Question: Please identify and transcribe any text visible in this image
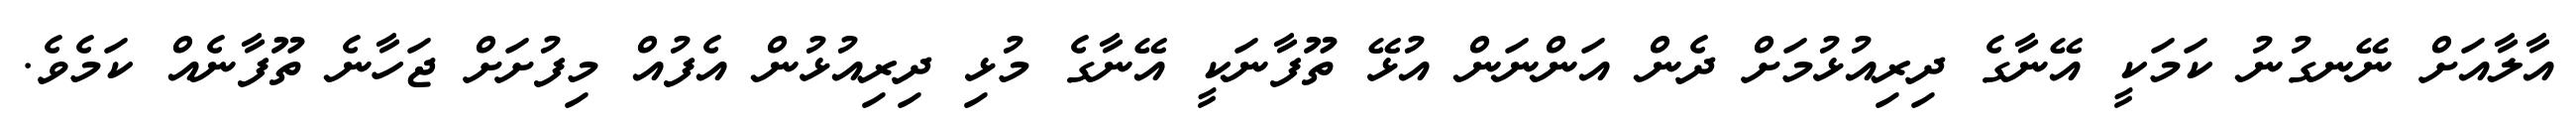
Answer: އާލާއަށް ނޭނގުނު ކަމަކީ އޭނާގެ ދިރިއުޅުމަށް ދެން އަންނަން އުޅޭ ތޫފާނަކީ އޭނާގެ މުޅި ދިރިއުޅުން އެފުއް މިފުށަށް ޖަހާނެ ތޫފާނެއް ކަމެވެ.